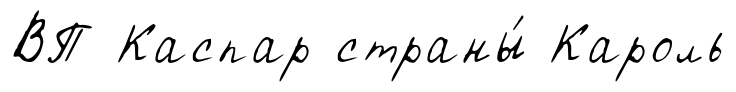
ВП Каспар страны́ Кароль